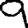
Digit: 9